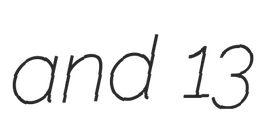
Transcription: and 13